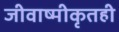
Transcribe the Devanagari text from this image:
जीवाष्मीकृतही